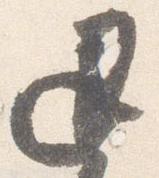
退